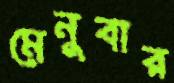
মেনুবার